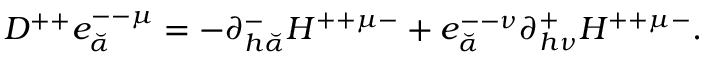
{ \cal D } ^ { + + } e _ { \breve { \alpha } } ^ { -- \mu } = - \partial _ { h { \breve { \alpha } } } ^ { - } H ^ { + + \mu - } + e _ { \breve { \alpha } } ^ { -- \nu } \partial _ { h \nu } ^ { + } H ^ { + + \mu - } .